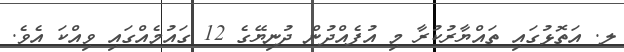
ލ. އަތޮޅުގައި ތައްޔާރުކުރާ މި އުފެއްދުން ދުނިޔޭގެ 12 ގައުމެއްގައި ވިއްކަ އެވެ.